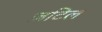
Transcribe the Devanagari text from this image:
ज़टिल